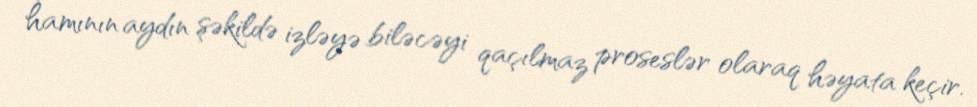
hamının aydın şəkildə izləyə biləcəyi qaçılmaz proseslər olaraq həyata keçir.